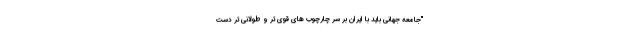
"جامعه جهانی باید با ایران بر سر چارچوب های قوی تر و طولانی تر دست